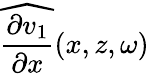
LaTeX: \widehat{\frac{\partial v_{1}}{\partial x}}(x,z,\omega)